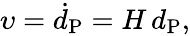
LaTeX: \begin{array}{r}{\upsilon=\dot{d}_{\mathrm{P}}=H\, d_{\mathrm{P}},}\end{array}